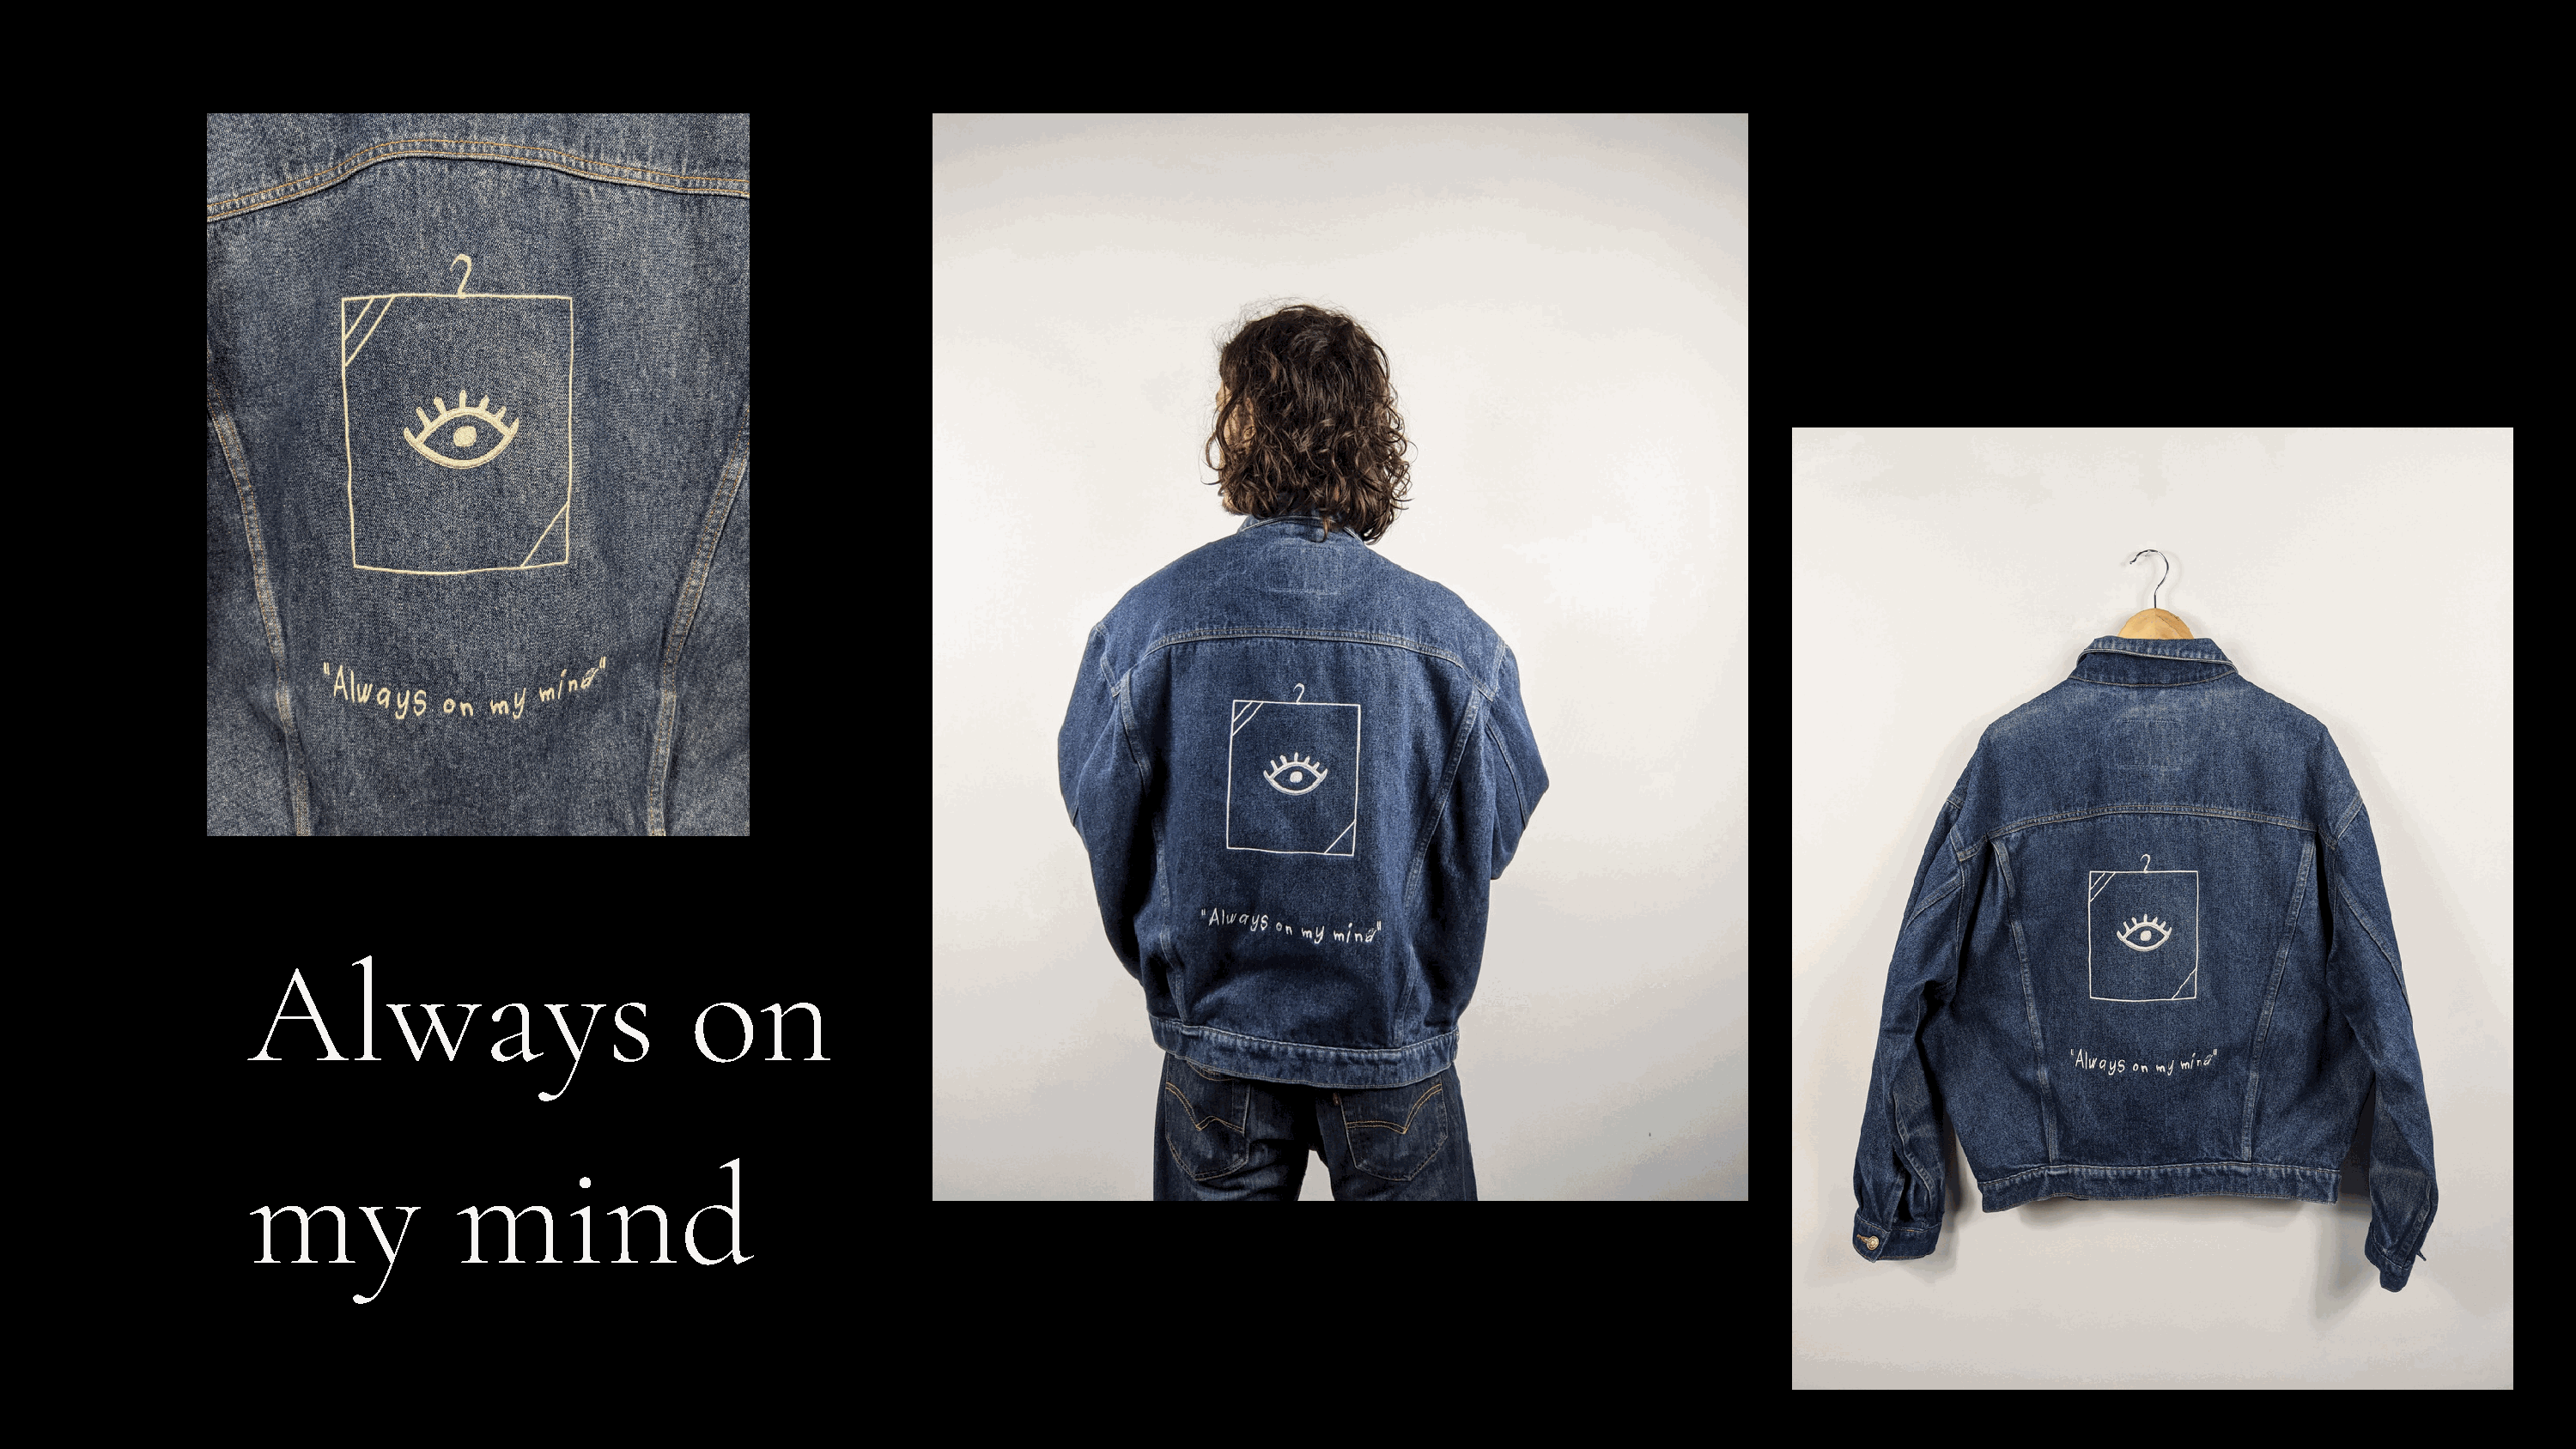
Always                            on
 my              mind